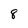
Character: 8